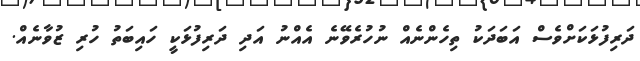
ދަރިފުޅަކަށްވެސް އަބަދަކު ތިހެންނެއް ނުހުރެވޭނެ އެއްނު އަދި ދަރިފުޅަކީ ހައިބަތު ހުރި ޒުވާނެއް.